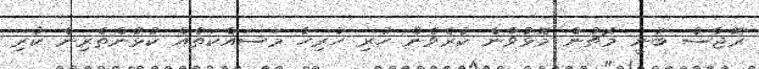
ރޮޖާސް ބުނީ މެޗުން މޮޅުވާން ކުރެވެން ހުރި ހުރިހާ މަސައްކަތެއް ކުޅުންތެރިން ކުރި